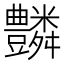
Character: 𧰢